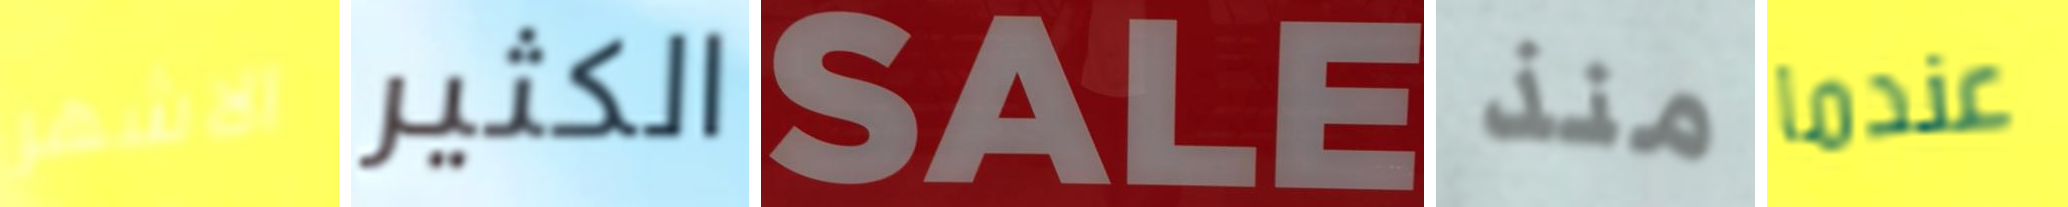
الاشهر الكثير SALE منذ عندما